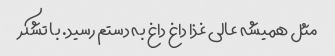
مثل همیشه عالی غذا داغ داغ به دستم رسید. با تشکر